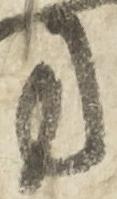
方